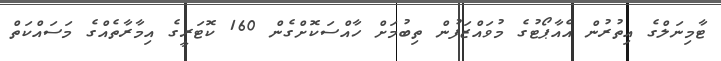
ޓާމިނަލްގެ އިތުރުން އެއާޕޯޓުގެ މުވައްޒަފުން ތިބުމަށް ހާއްސަކޮށްގެން 160 ކޮޓަރީގެ އިމާރާތެއްގެ މަސައްކަތް